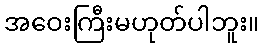
အဝေးကြီးမဟုတ်ပါဘူး။